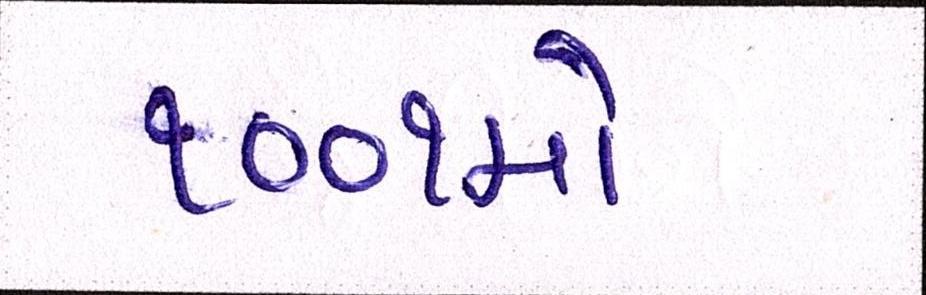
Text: ૧૦૦૧મો